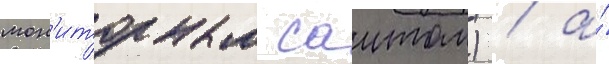
мон'иторным саитом) / а́